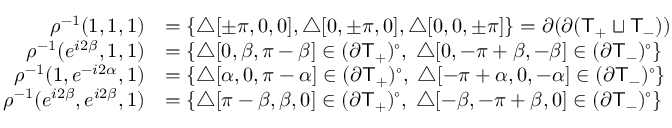
\begin{array} { r l } { \rho ^ { - 1 } ( 1 , 1 , 1 ) } & { = \{ { \triangle } [ \pm \pi , 0 , 0 ] , { \triangle } [ 0 , \pm \pi , 0 ] , { \triangle } [ 0 , 0 , \pm \pi ] \} = \partial ( \partial ( { \sf { T } } _ { + } \sqcup { \sf { T } } _ { - } ) ) } \\ { \rho ^ { - 1 } ( e ^ { i 2 \beta } , 1 , 1 ) } & { = \{ { \triangle } [ 0 , \beta , \pi - \beta ] \in ( \partial { \sf { T } } _ { + } ) ^ { \circ } , \; { \triangle } [ 0 , - \pi + \beta , - \beta ] \in ( \partial { \sf { T } } _ { - } ) ^ { \circ } \} } \\ { \rho ^ { - 1 } ( 1 , e ^ { - i 2 \alpha } , 1 ) } & { = \{ { \triangle } [ \alpha , 0 , \pi - \alpha ] \in ( \partial { \sf { T } } _ { + } ) ^ { \circ } , \; { \triangle } [ - \pi + \alpha , 0 , - \alpha ] \in ( \partial { \sf { T } } _ { - } ) ^ { \circ } \} } \\ { \rho ^ { - 1 } ( e ^ { i 2 \beta } , e ^ { i 2 \beta } , 1 ) } & { = \{ { \triangle } [ \pi - \beta , \beta , 0 ] \in ( \partial { \sf { T } } _ { + } ) ^ { \circ } , \; { \triangle } [ - \beta , - \pi + \beta , 0 ] \in ( \partial { \sf { T } } _ { - } ) ^ { \circ } \} } \end{array}